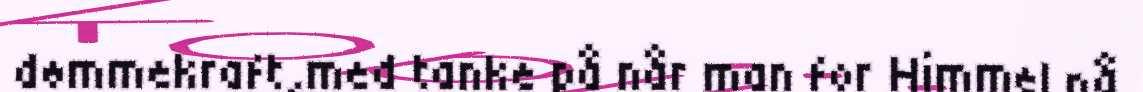
dømmekraft,med tanke på når man for Himmel på